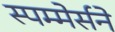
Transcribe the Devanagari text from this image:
स्पम्मेर्सने